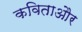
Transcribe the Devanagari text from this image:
कविताऔर